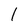
Character: l